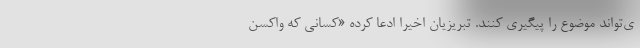
ی‌تواند موضوع را پیگیری کنند. تبریزیان اخیرا ادعا کرده «کسانی که واکسن